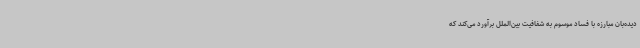
دیده‌بان مبارزه با فساد موسوم به شفافیت بین‌الملل برآورد می‌کند که